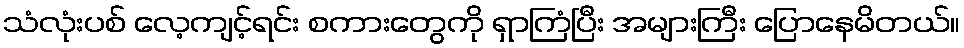
သံလုံးပစ် လေ့ကျင့်ရင်း စကားတွေကို ရှာကြံပြီး အများကြီး ပြောနေမိတယ်။